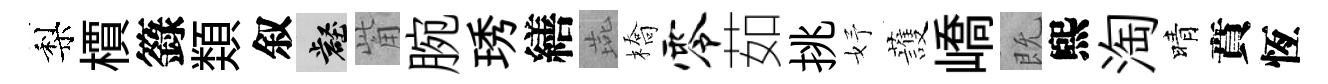
梨檟籙𩔖叙壑觜腕琇繕燕橋零茹挑妤䕶嶠既煕淘晴賁恆